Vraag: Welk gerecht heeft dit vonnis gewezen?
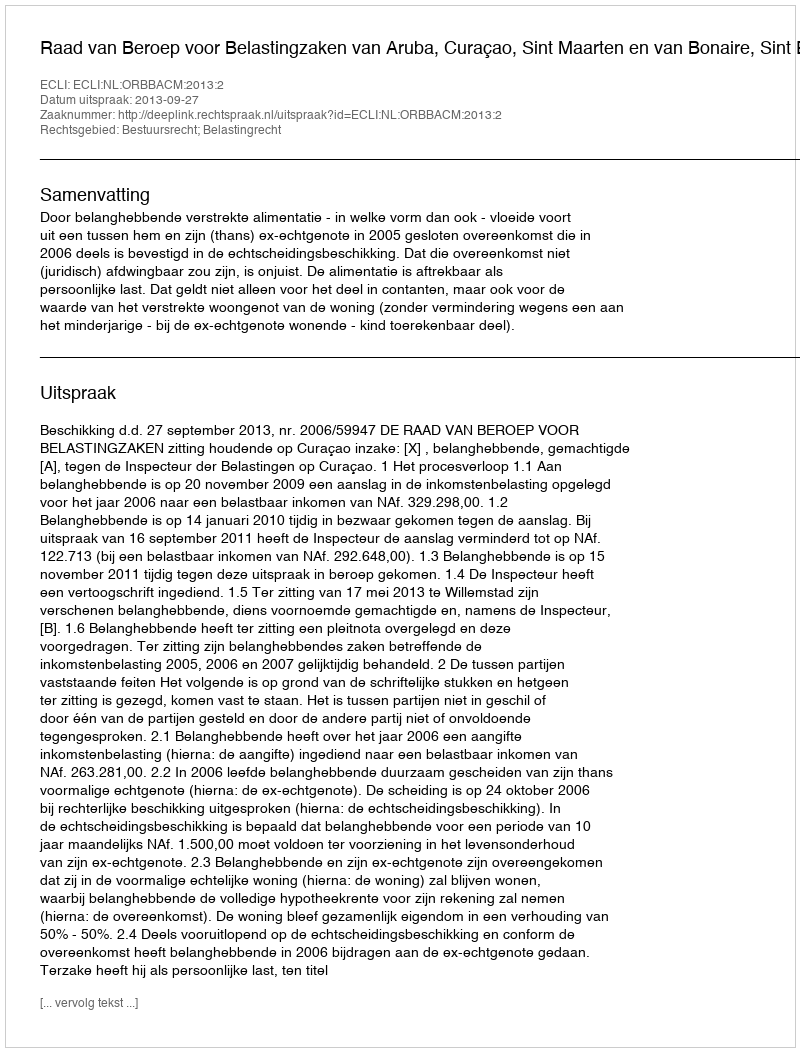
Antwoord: Raad van Beroep voor Belastingzaken van Aruba, Curaçao, Sint Maarten en van Bonaire, Sint Eustatius en Saba